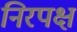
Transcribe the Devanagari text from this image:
निरपक्ष